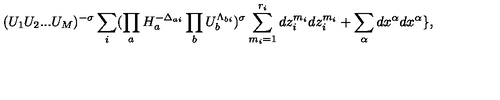
( U _ { 1 } U _ { 2 } . . . U _ { M } ) ^ { - \sigma } \sum _ { i } ( \prod _ { a } H _ { a } ^ { - \Delta _ { a i } } \prod _ { b } U _ { b } ^ { \Lambda _ { b i } } ) ^ { \sigma } \sum _ { m _ { i } = 1 } ^ { r _ { i } } d z _ { i } ^ { m _ { i } } d z _ { i } ^ { m _ { i } } + \sum _ { \alpha } d x ^ { \alpha } d x ^ { \alpha } \} ,